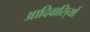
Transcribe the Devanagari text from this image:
आदिवासि्यों